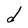
Character: d